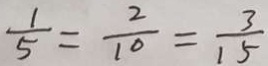
\frac { 1 } { 5 } = \frac { 2 } { 1 0 } = \frac { 3 } { 1 5 }